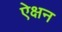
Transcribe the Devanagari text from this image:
ऐक्षन